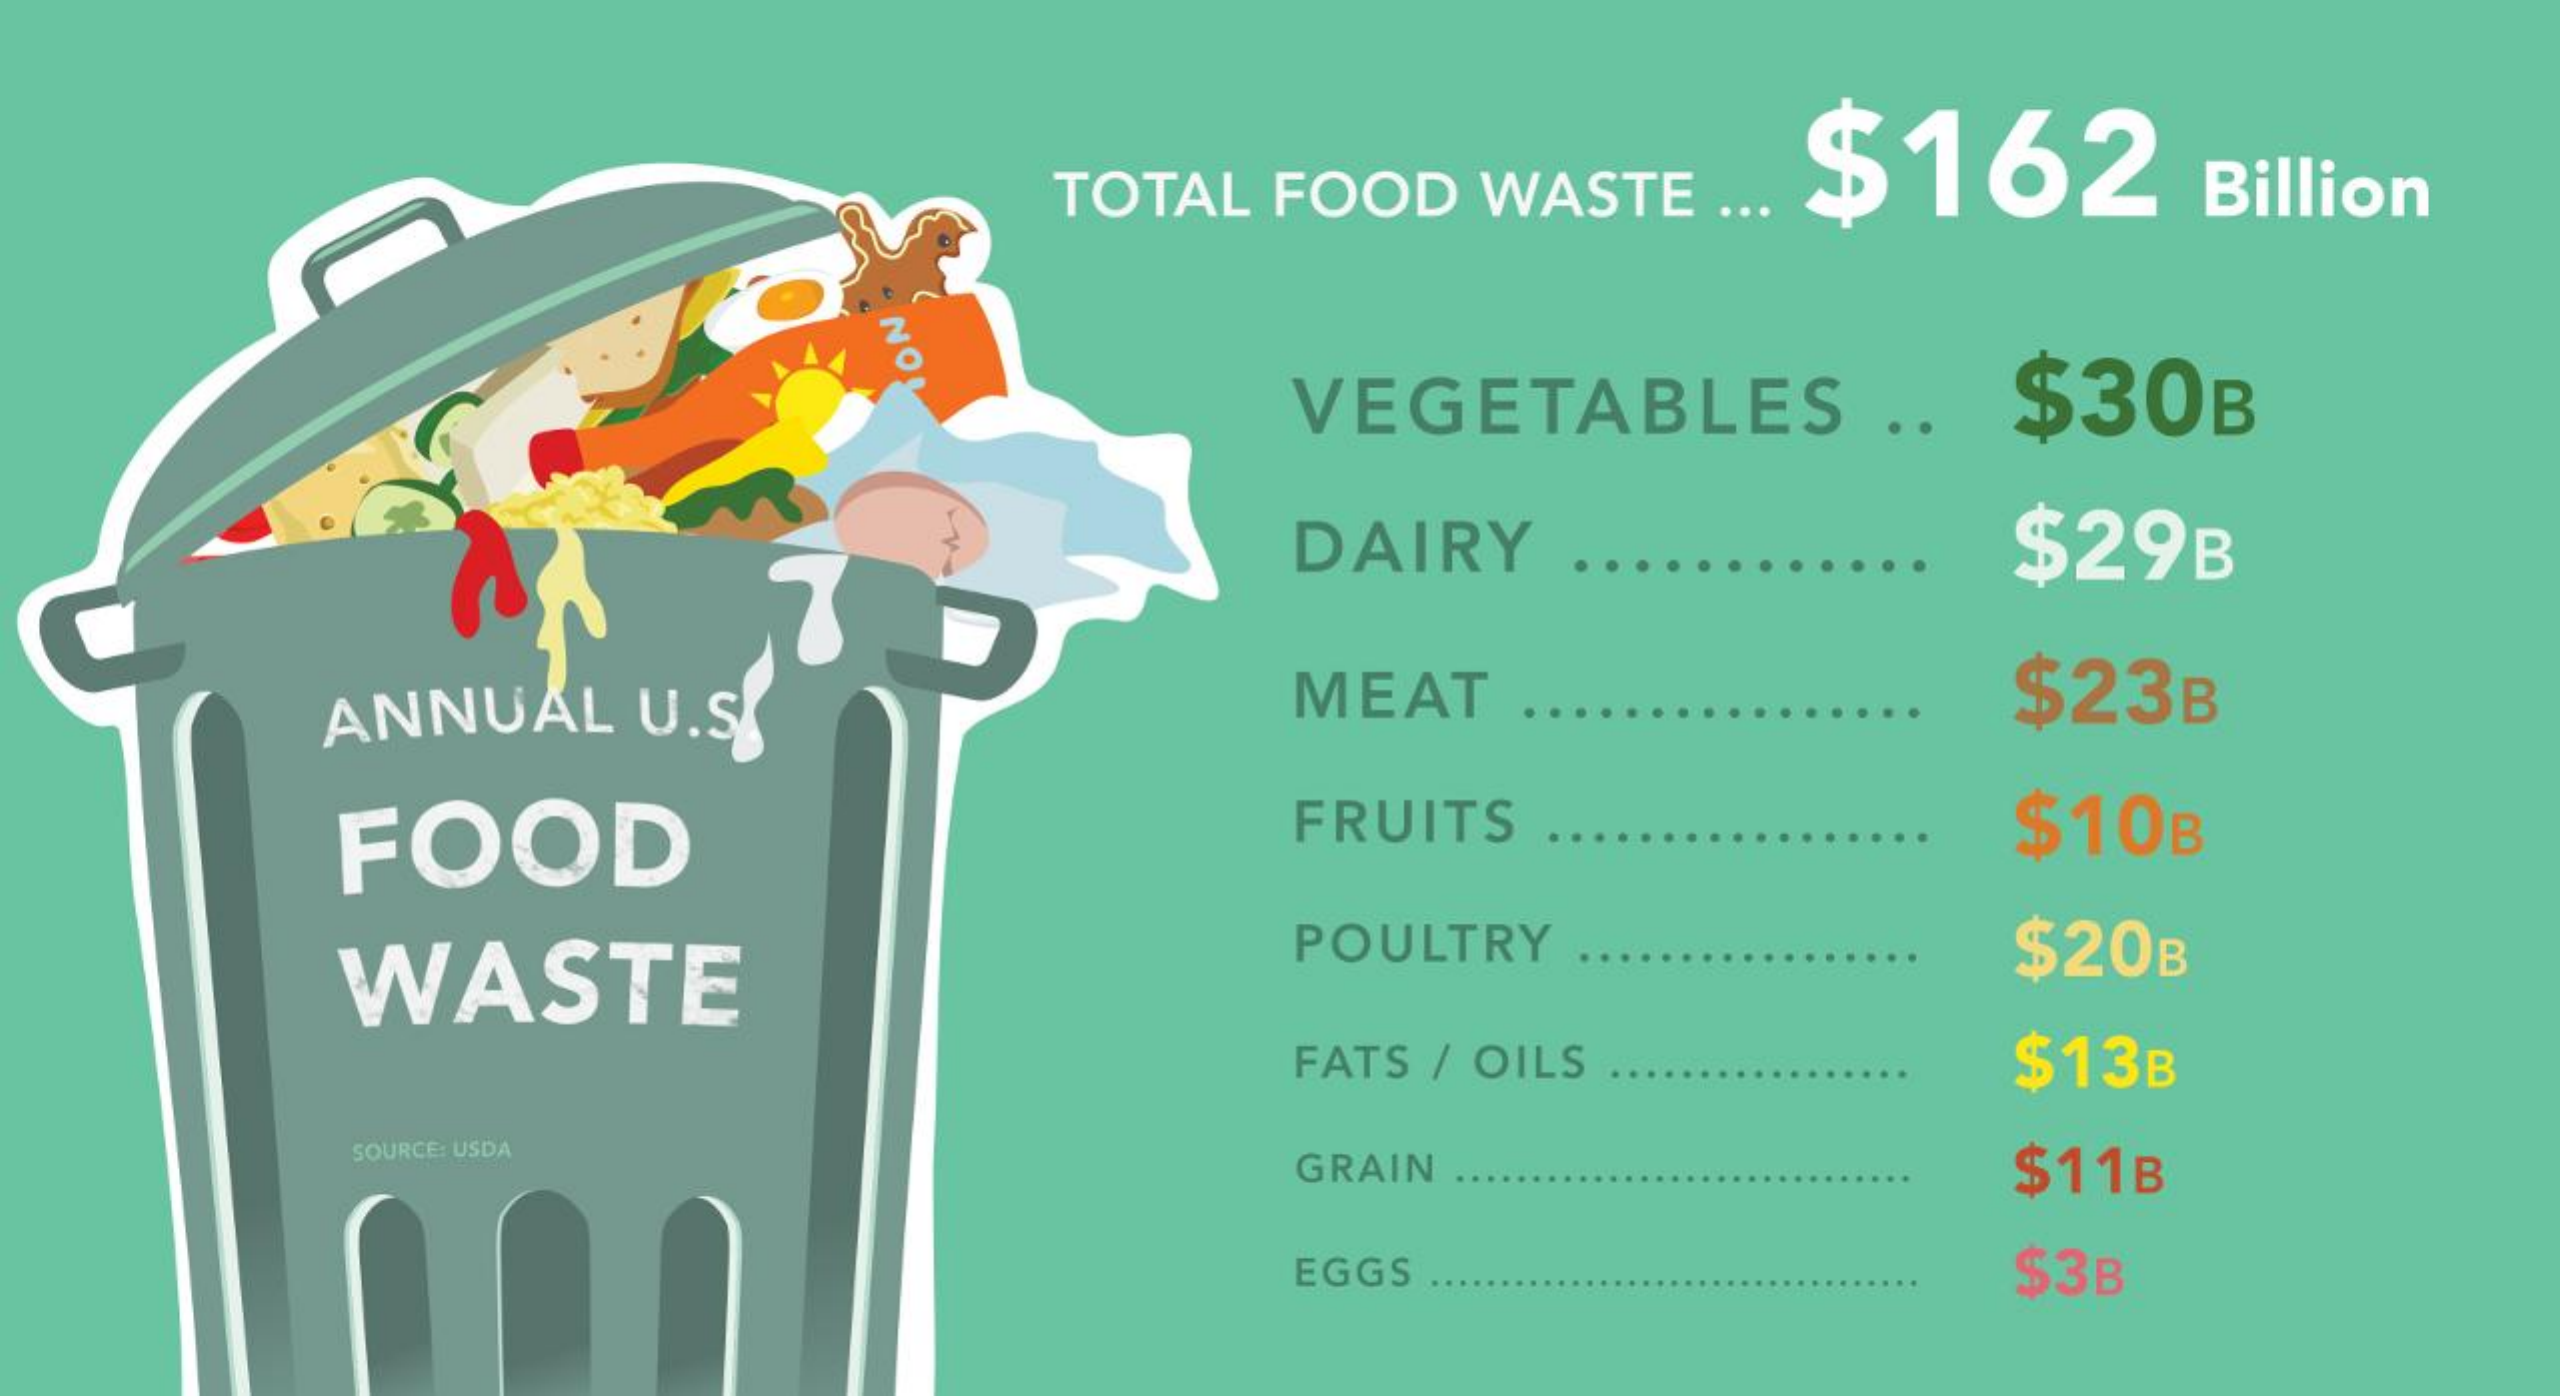
TOTAL FOOD WASTE $162 Billion
     NO
     VEGETABLES .. $30B
     DAIRY    $29B
     ANNUAL U.S.    MEAT    $23B
     FOOD    FRUITS    $10B
     WASTE
     POULTRY    $20B
     FATS / OILS  $13B
     SOURCE: USDA
     GRAIN    $11B
     EGGS    $3B